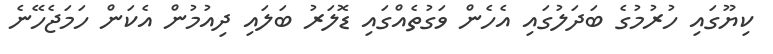
ކިޔޫގައި ހުރުމުގެ ބަދަލުގައި އެހެން ވަގުތެއްގައި ޑޮލަރު ބަލައި ދިއުމުން އެކަން ހަމަޖެހޭނެ